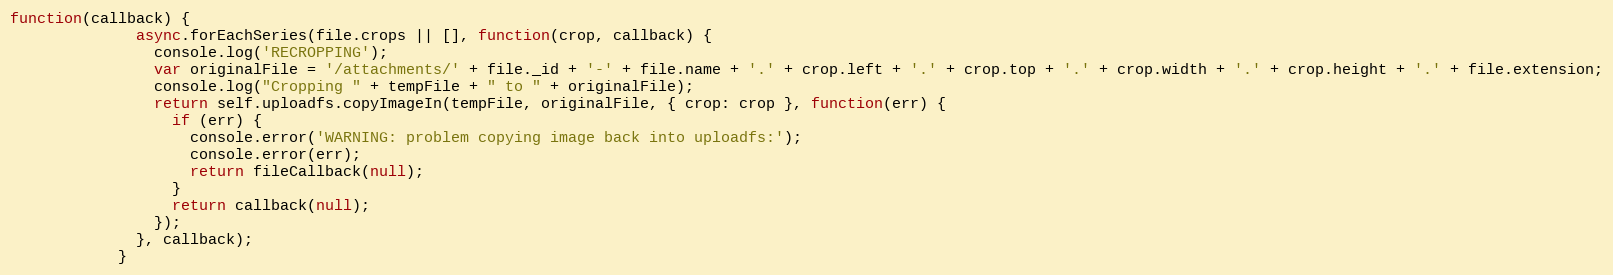
Language: JavaScript
function(callback) {
              async.forEachSeries(file.crops || [], function(crop, callback) {
                console.log('RECROPPING');
                var originalFile = '/attachments/' + file._id + '-' + file.name + '.' + crop.left + '.' + crop.top + '.' + crop.width + '.' + crop.height + '.' + file.extension;
                console.log("Cropping " + tempFile + " to " + originalFile);
                return self.uploadfs.copyImageIn(tempFile, originalFile, { crop: crop }, function(err) {
                  if (err) {
                    console.error('WARNING: problem copying image back into uploadfs:');
                    console.error(err);
                    return fileCallback(null);
                  }
                  return callback(null);
                });
              }, callback);
            }